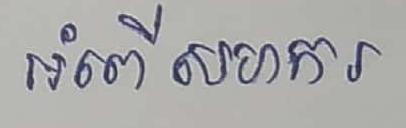
អំពើ សហករ